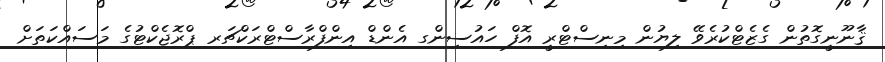
ޤާނޫނީގޮތުން ގެޒެޓްކުރެވޭ ލިޔުން މިނިސްޓްރީ އޮފް ހައުސިންގ އެންޑް އިންފްރާސްޓްރަކްޗަރ ޕްރޮޖެކްޓުގެ މަސައްކަތަށް